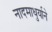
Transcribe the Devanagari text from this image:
नादमाधुर्याने